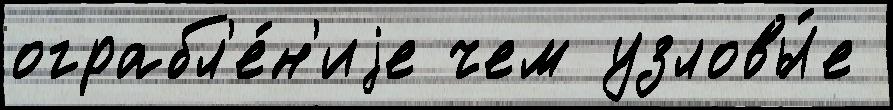
ограбл'е́н'иjе чем узловы́е